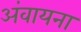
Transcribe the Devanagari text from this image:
अंवायना